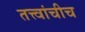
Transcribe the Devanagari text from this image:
तत्त्वांचीच